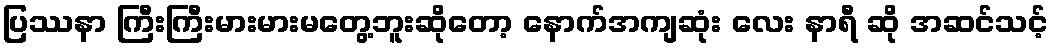
ပြဿနာ ကြီးကြီးမားမားမတွေ့ဘူးဆိုတော့ နောက်အကျဆုံး လေး နာရီ ဆို အဆင်သင့်